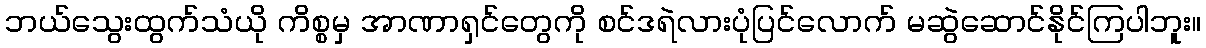
ဘယ်သွေးထွက်သံယို ကိစ္စမှ အာဏာရှင်တွေကို စင်ဒရဲလားပုံပြင်လောက် မဆွဲဆောင်နိုင်ကြပါဘူး။